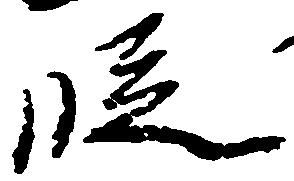
段